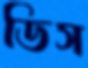
ডিস